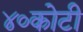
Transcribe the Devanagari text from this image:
४०कोटी